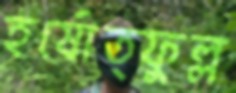
হর্ষোত্ফুল্ল